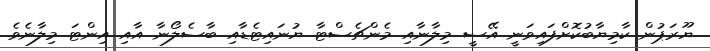
ޔޫރަޕުން ކާމިޔާބުކޮށްފައިވަނީ އޭސީ މިލާނާއި މެންޗެސްޓާ ޔުނައިޓެޑާއި ބާސެލޯނާ އާއި އިންޓަ މިލާނެވެ.